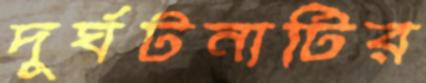
দুর্ঘটনাটির